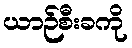
ယာဉ်စီးခကို